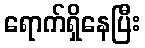
ရောက်ရှိနေပြီး